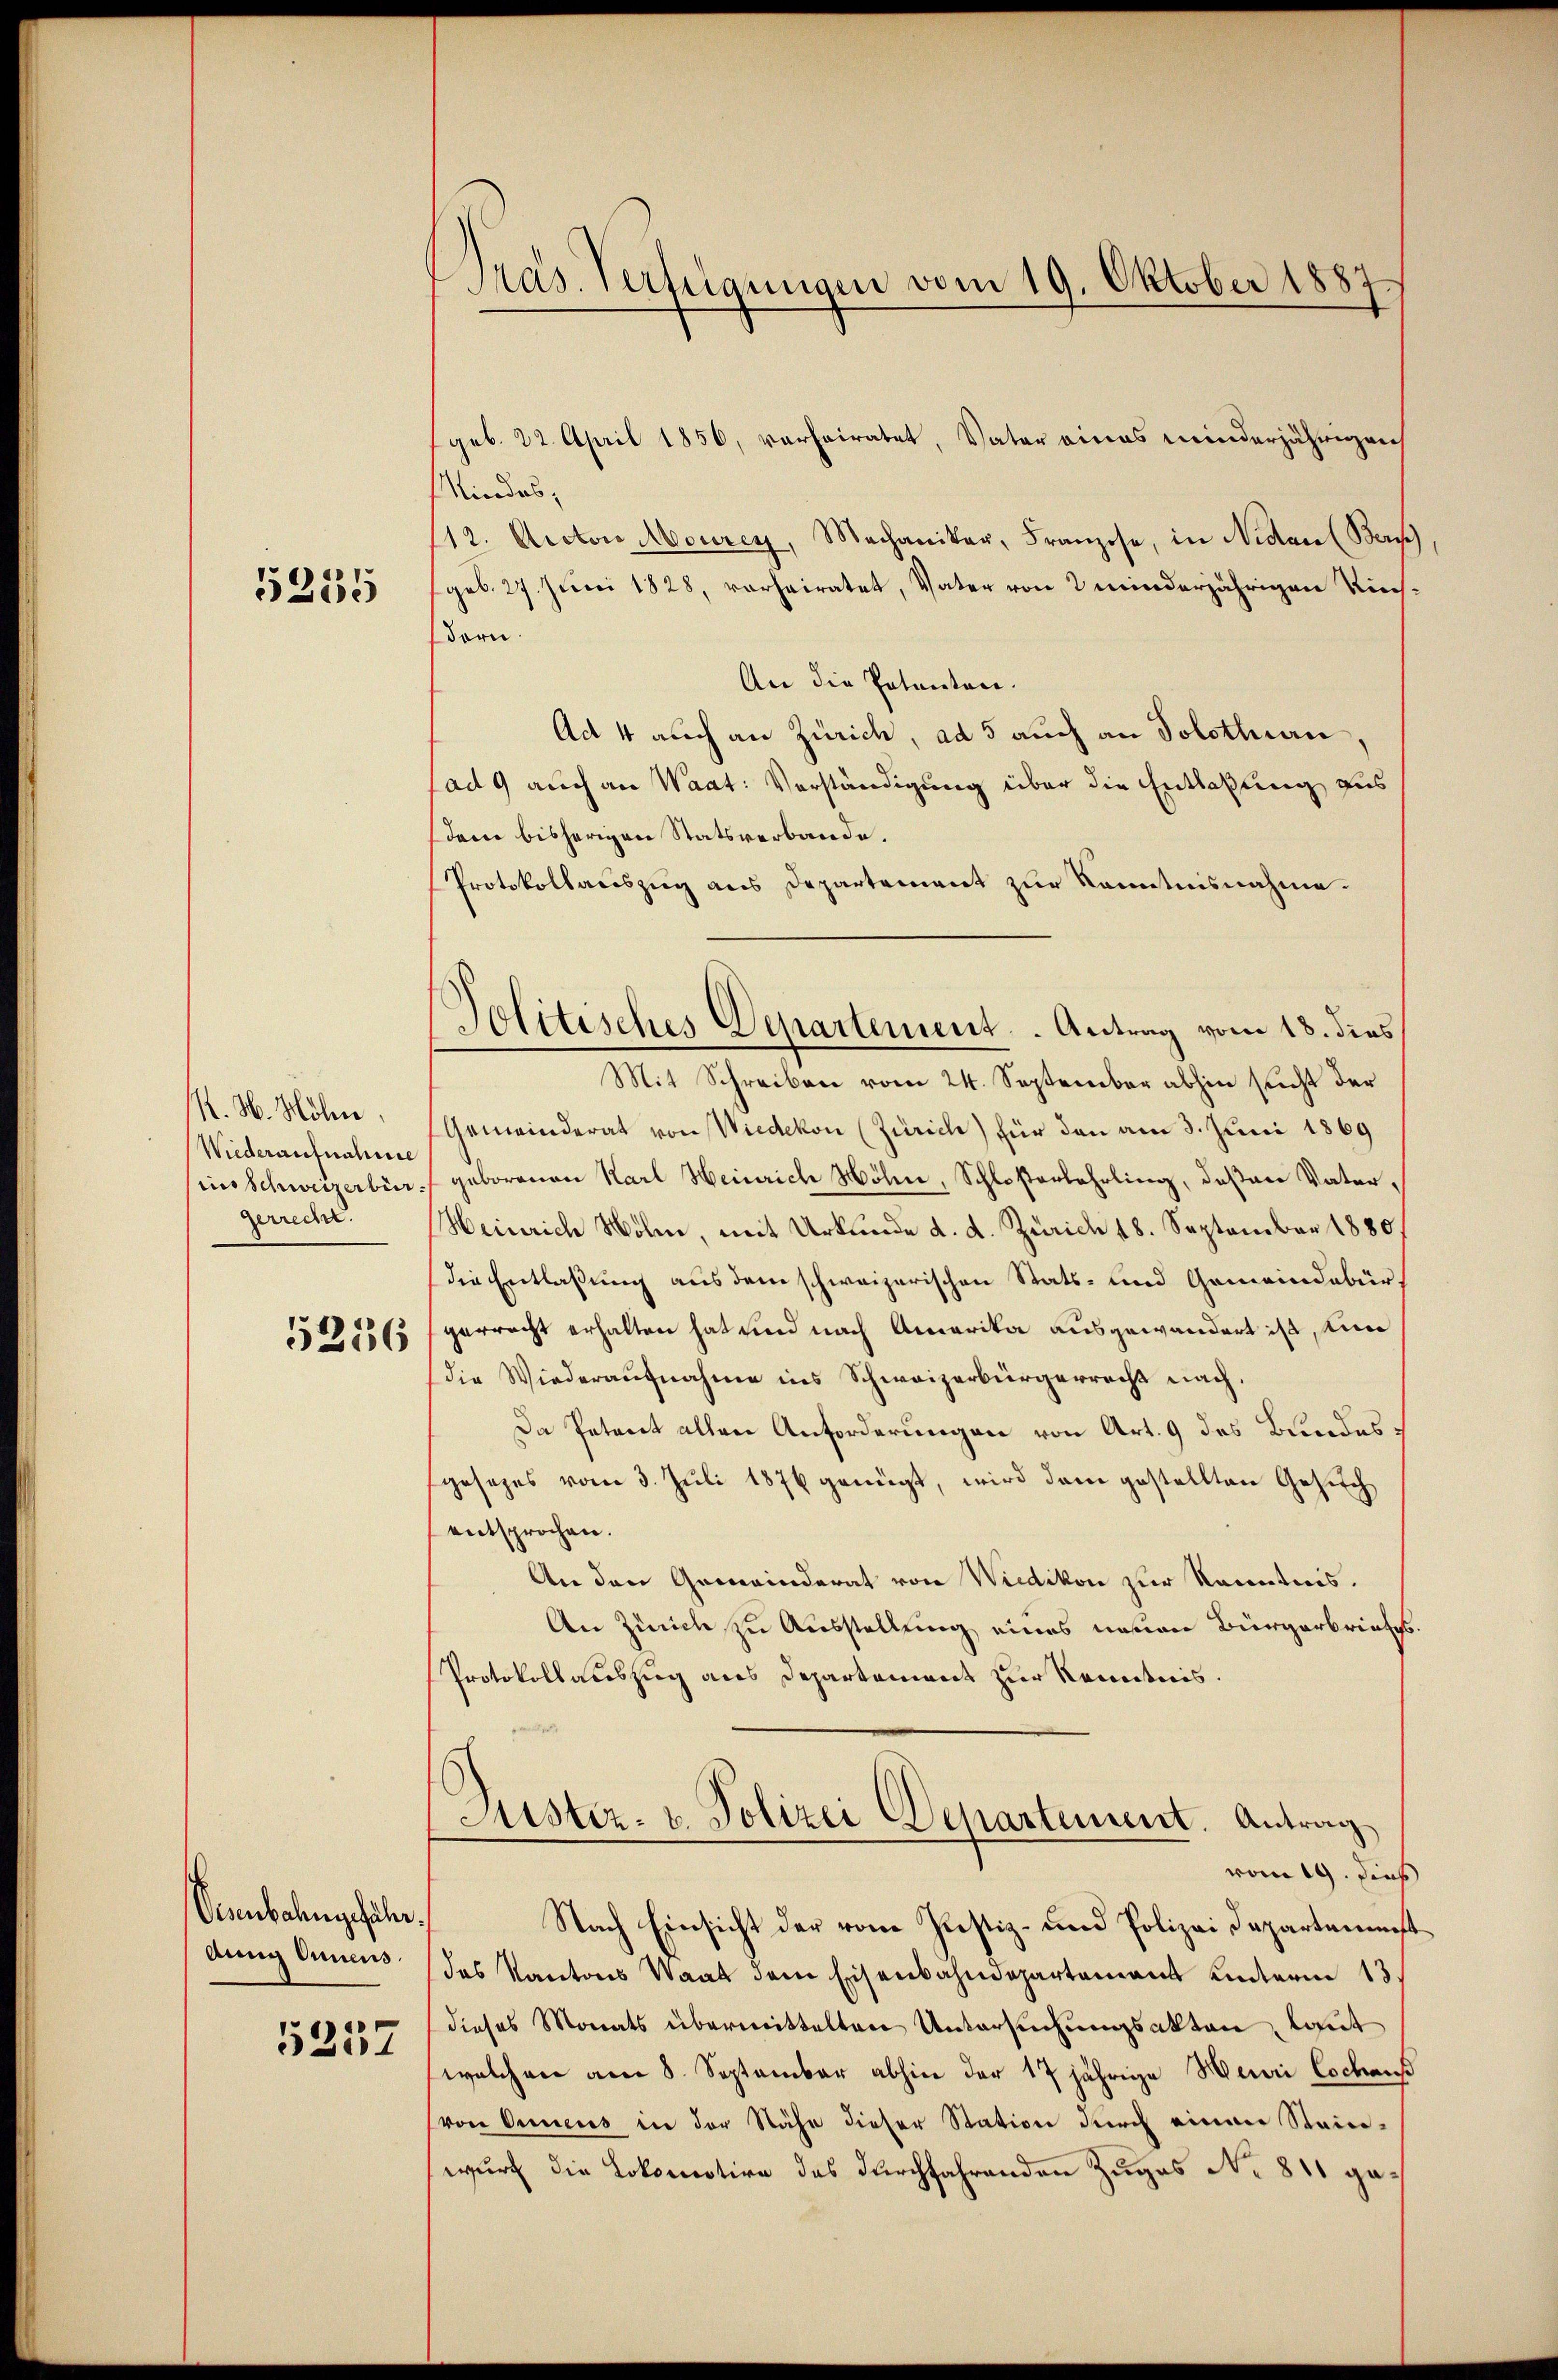
5255

K. H. Höhen.
Wiederaufnahme
ins Schweizerbür
gerrede.

5236

Vennbahngefähr.
Aug Anneus
5237

Gras Verfügungen vom 19. Oktober 1887

Politisches Departement. Antrag vom 18. dies
Mit Schreiben vom 24. September abhin sucht der

geb. 22. April 1856, verheiratet, Vater eines minderjährigen
Mindes,
12. Auctor Mourey, Mechaniker, Franzose, in Nidau (Ber
(geb. 27. Juni 1828, vorheiratet, Vater von 2 minderjährigen Ries¬
Bern.
An die Patenten.
Ad 4 auch an Zürich, ad 5 auch an Solothurn,
ad 9 auch an Waat: Verständigung über die Entlaßung aus
dem bisherigen Statsverbande.
Protokollauszug aus Departement zur Kenntnisnahme.
Gemeinderat von Wiedikon (Zürich) für den am 3. Juni 1869
geborenen Karl Heinrich Möln, Schloserlehrling, deßen Vater,
Heinrich Wöhne, mit Urkunde d. d. Zürich 18. September 1880.
die Entlaßung aus dem schweizerischen Stats- und Gemeindebür
gerrecht erhalten hat und nach Amerika ausgewandert ist, um
die Wiederaufnahme ins Schweizerbürgerrecht nach.
Da Petent allen Anforderungen von Art. 9 des Bundesgesezes vom 3. Juli 1876 genügt, wird dem gestellten Gesuch
entsprochen.
An den Gemeinderat von Wiedikon zur Kenntnis.
An Zürich zu Ausstellung eines neuen Bürgerbriefes
Protokollauszug aus Departement zur Kenntnis.
Justiz- u. Polizei Departement. Antrag
vom 19. dieß
Nach Einsicht der vom Justiz- und Polizei Departeme
das Kantons Saat dem Eisenbahndepartement unterm 13
dieses Monats übermittelten Untersuchungsakten, laut
welchen am 8. September abhin der 17 jährige Henri Cochaus
(von Municus in der Nähe dieser Station durch einen Stein-
wurf die Lokomotive des durchfahrenden Zuges No 811 ga¬